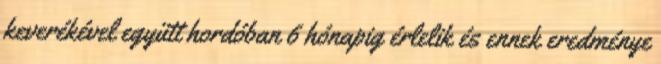
keverékével együtt hordóban 6 hónapig érlelik és ennek eredménye